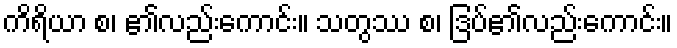
ကိရိယာ စ၊ ၏လည်းကောင်း။ သတွဿ စ၊ ဒြပ်၏လည်းကောင်း။